Calcutta medical institutions reports 1879-81 [i.e.91]
Year: 1879
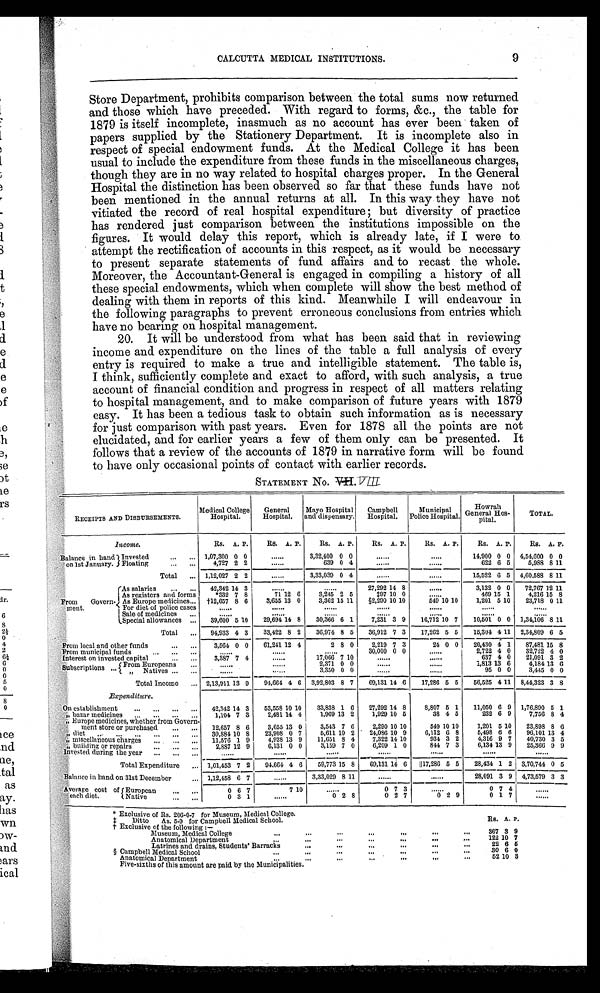
* Exclusive of Rs. 206-0-7 for Museum, Medical College.
‡ Ditto
As. 5-9 for Campbell Medical School.
† Exclusive of the following:—
Rs. A. P.
CALCUTTA MEDICAL INSTITUTIONS.
9
Store Department, prohibits comparison between the total sums now returned
and those which have preceded. With regard to forms, &c., the table for
1879 is itself incomplete, inasmuch as no account has ever been taken of
papers supplied by the Stationery Department. It is incomplete also in
respect of special endowment funds. At the Medical College it has been
usual to include the expenditure from these funds in the miscellaneous charges,
though they are in no way related to hospital charges proper. In the General
Hospital the distinction has been observed so far that these funds have not
been mentioned in the annual returns at all. In this way they have not
vitiated the record of real hospital expenditure; but diversity of practice
has rendered just comparison between the institutions impossible on the
figures. It would delay this report, which is already late, if I were to
attempt the rectification of accounts in this respect, as it would be necessary
to present separate statements of fund affairs and to recast the whole.
Moreover, the Accountant-General is engaged in compiling a history of all
these special endowments, which when complete will show the best method of
dealing with them in reports of this kind. Meanwhile I will endeavour in
the following paragraphs to prevent erroneous conclusions from entries which
have no bearing on hospital management.
20. It will be understood from what has been said that in reviewing
income and expenditure on the lines of the table a full analysis of every
entry is required to make a true and intelligible statement. The table is,
I think, sufficiently complete and exact to afford, with such analysis, a true
account of financial condition and progress in respect of all matters relating
to hospital management, and to make comparison of future years with 1879
easy. It has been a tedious task to obtain such information as is necessary
for just comparison with past years. Even for 1878 all the points are not
elucidated, and for earlier years a few of them only can be presented. It
follows that a review of the accounts of 1879 in narrative form will be found
to have only occasional points of contact with earlier records.
STATEMENT NO.
VIII
RECEIPTS AND DISBURSEMENTS.
Medical College
Hospital.
General
Hospital.
Mayo Hospital
and dispensary.
Campbell
Hospital.
Municipal
Police Hospital.
Howrah
General Hos -
pital.
TOTAL.
Income.
Rs. A. P.
Rs. A. P.
Rs. A. P.
Rs. A. P.
Rs. A. P.
Rs. A. P.
Rs. A. P.
Balance in hand
on 1st January.
Invested
...
... 1,07,300 0 0
3,32,400 0 0
......
.....
1 4 , 9 0 0 0 0 4,54,600 0 0
Floating
4,727 2 2
639 0 4
......
. . . .
622 6 5
5,988 8 11
Total
... 1,12,027 2 2
3,33,039 0 4
. . . . .
. . . .
15,522 6 5 4,60,588 811
From
Govern-
ment.
;
As salaries...
...
42,342 14 3
27,292 14 8
......
3,132 0 0
72,767 12
8
11
As registers and forms
*332 7 8
71 12 6
3,245 2 5
$97 10 0
469 15 1
4,216 15 8
As Europe medicines...
1 † 1 2 , 6 5 7 8 6
3,655 13 0
3,362 15 11
§2,290 10 10
5 4 9
10 10
1,201 5 10
23,718 0 11
For diet of police cases
Sale of medicines
...
Special allowances ...
39,600 5 10
29,694 14 8
30,366 6 1
7,231 3 9
16,712 10 7
10,501 0 0 1,34,106 8 11
Total
...
94,933 4 3
33,422 8 2
36,974 8 5
36,912 7 3
17,262 5 5
15,304 411 2,34,809 6
-
5
Prom local and other funds
...
...
3,564 0 0
61,241 12 4
2 8 0
2,219 7 3
24 0 0
20,430 4 1
87,481 15 8
From municipal funds
...
...
...
30,000 0 0
......
2,722 4 0
32,722 4 6
Interest on invested capital
...
...
3,387 7 4
17,066 7 10
637 4 0
21,091 3 2
Subscriptions
From Europeans
...
2,371 0 0
1,813 13 6
4,184 13 0
Natives ...
...
3,350 0 0
95 0 0
3,445 0 0
Total Income
... 2,13,911 13 9
9 4 , 6 6 4 4 6 3,92,803 8 7
69,131 14 6
17,286 5 5
56,525 411 8,44,323 3 8
Expenditure.
'On establishment
......
...
...
42,342 14 3
53,558 10 10
33,838 1 6
27,292 14 8
8,807 5 1
11,050 6 9 1,76,890 5 1
bazar medicines
...
...
.-
...
1,104 7 3
2,481 14 4
1,969 13 2
1,929 10 5
38 4 5
232 6 9
7,756 8 4
Europe medicines, whether from Govern-
ment store or purchased
...
...
12,657 8 6
3,655 13 0
3,543 7 6
2,290 10 10
549 10 10
1,201 5 10
23,898 8 6
,, diet..,
...
...
...
...
30,884 10 8
23,908 0 7
5,611 10 2 ' 24,086 10 9
6,112 6 8
5,498 6 6
96,101 13 4,
charges
- miscellaneous harges
...
...
...
11,576 1 9
4,928 13 9
11,651 8 4
7,322 14 10
934 3 2
4,316 9 7
40,730 3 5
,, building or repairs
...
...
...
2,887 12 9
6,131 0 0
3,159 7 0
6,209 1 0
844 7 3
6,134 13 9
25,366 9 9
Invested during the year
...
Total Expenditure
...
-
1,01,453 7 2
94.664 4 6
59,773
-
15 8
69,131 14 6
║17,286
-
5 5
28,434 1 2 3,70,744 0 5
.Balance in hand on 31st December
... 1,12,458 6 7
......
8 11
28,091 3 9 4,73,579 3 3
-
Average cost of
"
diet.
5 European
...
...
0 6 7
7 10
......
0 7 3
......
0 7 4
...
( Native
...
...
0 3 1
......
0 2 8
0 2 7
0 2 9
0 1 7
........
Museum, Medicaid College
...
...
...
...
14.
367 3
9
Anatomical Department
...
...
...
...
. . . . ...
122 10 7
Latrines and drains, Students' Barracks
...
...
...
. . . ea.
22 6
5
§ Campbell Medical School
...
...
...
...
30 6 0
...
...
Anatomical Department
..
•••
...
52 10 3
Five-sixths of this amount are paid by the Municipalities.